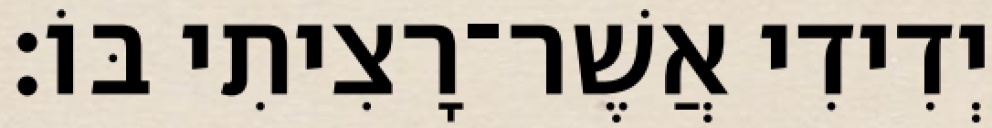
יְדִידִי אֲשֶׁר־רָצִיתִי בּוֹ׃